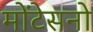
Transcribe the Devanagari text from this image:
मोंटेसनो